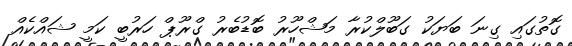
ގޮތުގައި ގިނަ ބަޔަކު ގަބޫލްކުރާ މަޝްހޫރު ބޮޑުބެރު ގްރޫޕް ހަރުބީ ކަމީ ޝައްކެއް